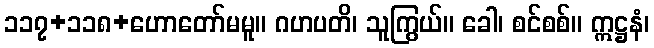
၁၁၇+၁၁၈+ဟောတော်မမူ။ ဂဟပတိ၊ သူကြွယ်။ ခေါ၊ စင်စစ်။ ဣဋ္ဌနံ၊